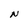
Character: N